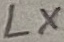
Text: LX